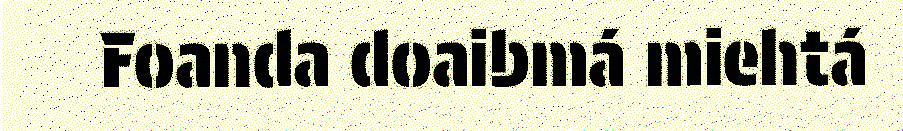
Foanda doaibmá miehtá